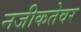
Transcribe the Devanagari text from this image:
नजीकतेवर